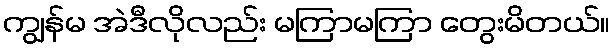
ကျွန်မ အဲဒီလိုလည်း မကြာမကြာ တွေးမိတယ်။